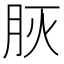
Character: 𦙻